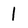
Character: l